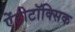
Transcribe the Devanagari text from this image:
ऐंटीटॉक्सिक